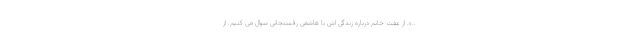
..». از عفت خانم درباره زندگی اش با هاشمی رفسنجانی سوال می کنیم. از